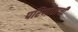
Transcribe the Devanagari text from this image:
परिणीताची